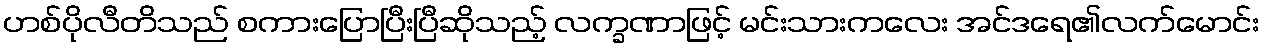
ဟစ်ပိုလီတိသည် စကားပြောပြီးပြီဆိုသည့် လက္ခဏာဖြင့် မင်းသားကလေး အင်ဒရေ၏လက်မောင်း